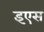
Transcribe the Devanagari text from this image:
इएस